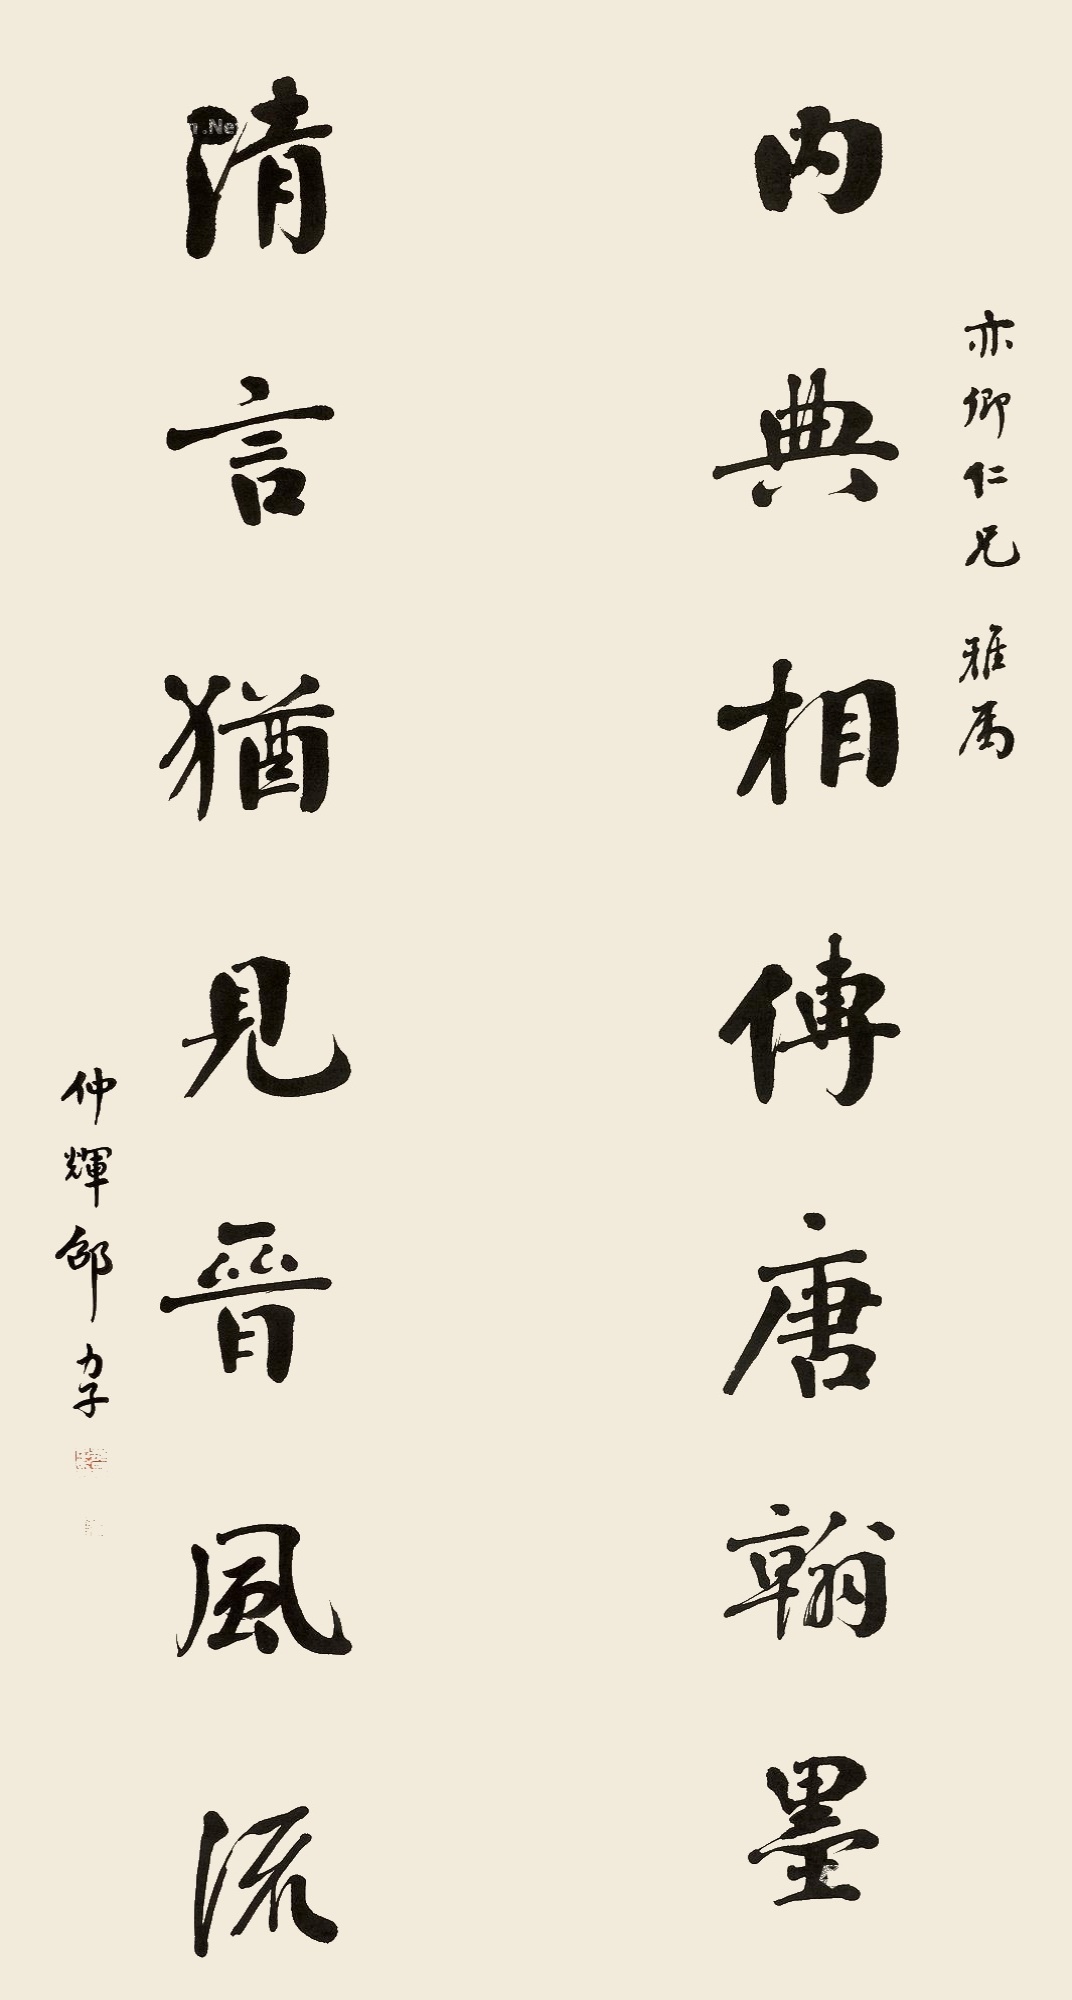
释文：内典相传唐翰墨，清言犹见晋风流。亦卿仁兄雅属，仲辉邵力子。